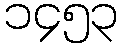
၁၄၅၃